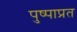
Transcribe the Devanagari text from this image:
पुष्पाप्रत